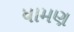
ધામણ